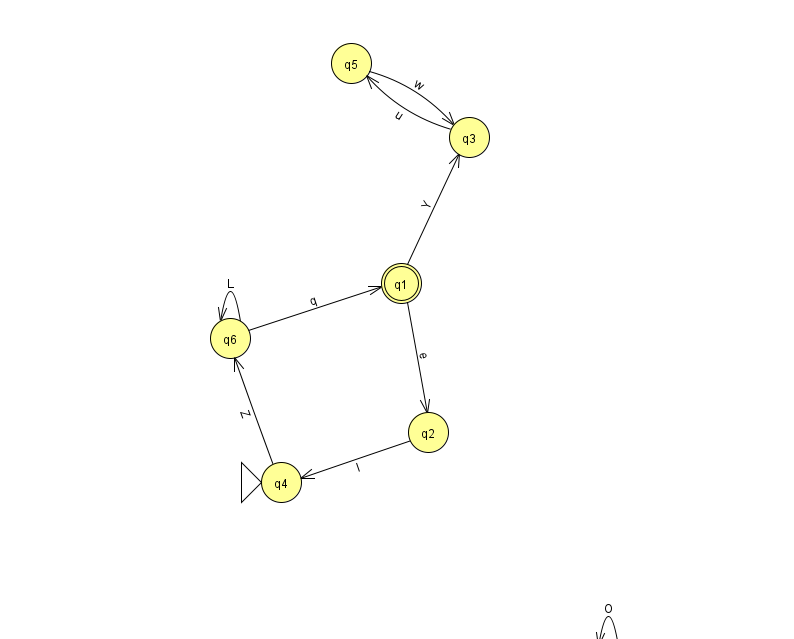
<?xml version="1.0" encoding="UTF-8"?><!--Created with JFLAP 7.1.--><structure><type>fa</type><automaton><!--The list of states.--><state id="0" name="q0"><x>608.0</x><y>650.0</y><final/></state><state id="1" name="q1"><x>401.0</x><y>270.0</y><final/></state><state id="2" name="q2"><x>428.0</x><y>419.0</y></state><state id="3" name="q3"><x>469.0</x><y>124.0</y></state><state id="4" name="q4"><x>281.0</x><y>469.0</y><initial/></state><state id="5" name="q5"><x>351.0</x><y>50.0</y></state><state id="6" name="q6"><x>230.0</x><y>325.0</y></state><!--The list of transitions.--><transition><from>4</from><to>6</to><read>Z</read></transition><transition><from>5</from><to>3</to><read>w</read></transition><transition><from>2</from><to>4</to><read>I</read></transition><transition><from>6</from><to>1</to><read>q</read></transition><transition><from>3</from><to>5</to><read>u</read></transition><transition><from>1</from><to>3</to><read>Y</read></transition><transition><from>1</from><to>2</to><read>e</read></transition><transition><from>6</from><to>6</to><read>L</read></transition><transition><from>0</from><to>0</to><read>O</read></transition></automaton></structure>